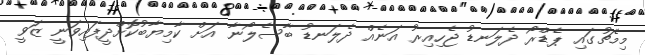
މިމެޗުގައި ޕެޑްރޯ ދެލަނޑު ޖެހިއިރު އަނެއް ދެލަނޑު ބާސެލޯނާ އަށް ކާމިޔާބުކޮށްދީފައިވަނީ ޒަވީ